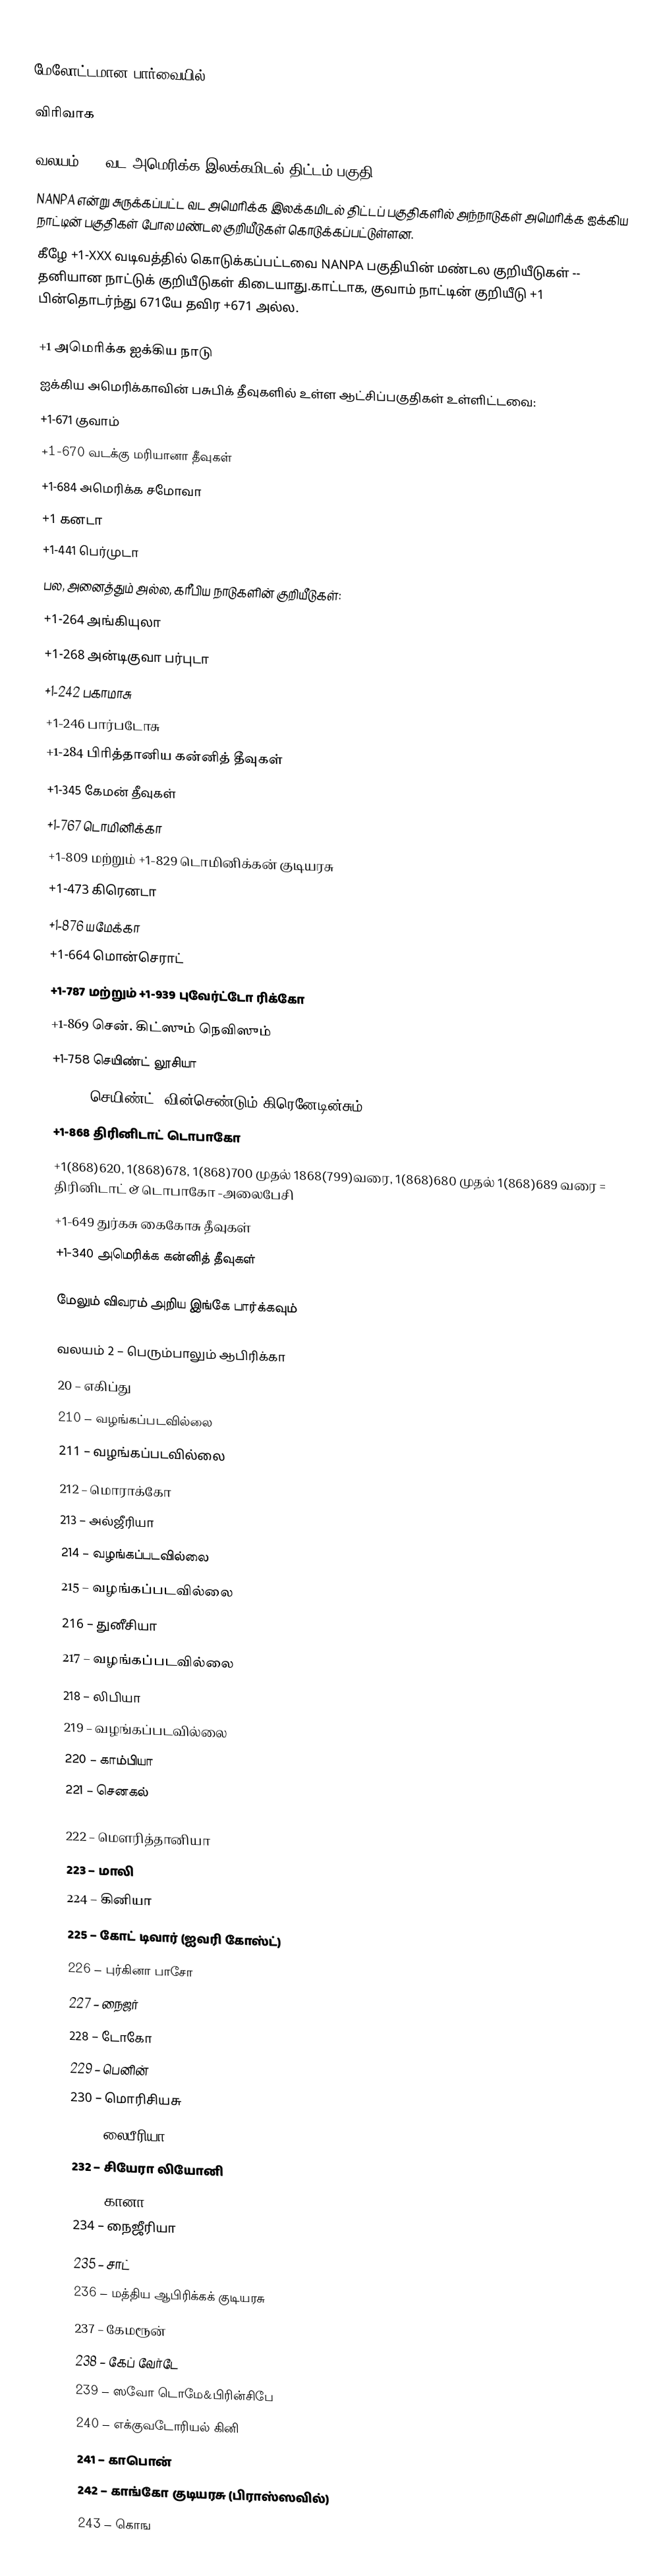

மேலோட்டமான பார்வையில்

விரிவாக

வலயம் 1 – வட அமெரிக்க இலக்கமிடல் திட்டம் பகுதி
NANPA என்று சுருக்கப்பட்ட வட அமெரிக்க இலக்கமிடல் திட்டப் பகுதிகளில் அந்நாடுகள் அமெரிக்க ஐக்கிய நாட்டின் பகுதிகள் போல மண்டல குறியீடுகள் கொடுக்கப்பட்டுள்ளன.
கீழே +1-XXX வடிவத்தில் கொடுக்கப்பட்டவை NANPA பகுதியின் மண்டல குறியீடுகள் -- தனியான நாட்டுக் குறியீடுகள் கிடையாது.காட்டாக, குவாம் நாட்டின் குறியீடு +1 பின்தொடர்ந்து 671யே தவிர +671 அல்ல.

 +1 அமெரிக்க ஐக்கிய நாடு
 ஐக்கிய அமெரிக்காவின் பசுபிக் தீவுகளில் உள்ள ஆட்சிப்பகுதிகள் உள்ளிட்டவை:
 +1-671 குவாம்
 +1-670 வடக்கு மரியானா தீவுகள்
 +1-684 அமெரிக்க சமோவா
 +1 கனடா
 +1-441 பெர்முடா
 பல, அனைத்தும் அல்ல, கரீபிய நாடுகளின் குறியீடுகள்:
 +1-264 அங்கியுலா
 +1-268 அன்டிகுவா பர்புடா
 +1-242 பகாமாசு
 +1-246 பார்படோசு
 +1-284 பிரித்தானிய கன்னித் தீவுகள்
 +1-345 கேமன் தீவுகள்
 +1-767 டொமினிக்கா
 +1-809 மற்றும் +1-829 டொமினிக்கன் குடியரசு
 +1-473 கிரெனடா
 +1-876 யமேக்கா
 +1-664 மொன்செராட்
 +1-787 மற்றும் +1-939 புவேர்ட்டோ ரிக்கோ
 +1-869 சென். கிட்ஸும் நெவிஸும்
 +1-758 செயிண்ட் லூசியா
 +1-784 செயிண்ட். வின்செண்டும் கிரெனேடின்சும்
 +1-868 திரினிடாட் டொபாகோ
 +1(868)620, 1(868)678, 1(868)700 முதல் 1868(799)வரை, 1(868)680 முதல் 1(868)689 வரை = திரினிடாட் & டொபாகோ -அலைபேசி
 +1-649 துர்கசு கைகோசு தீவுகள்
 +1-340 அமெரிக்க கன்னித் தீவுகள்

மேலும் விவரம் அறிய இங்கே பார்க்கவும்

வலயம் 2 – பெரும்பாலும் ஆபிரிக்கா
 20 – எகிப்து
 210 – வழங்கப்படவில்லை
 211 – வழங்கப்படவில்லை
 212 – மொராக்கோ
 213 – அல்ஜீரியா
 214 – வழங்கப்படவில்லை
 215 – வழங்கப்படவில்லை
 216 – துனீசியா
 217 – வழங்கப்படவில்லை
 218 – லிபியா
 219 – வழங்கப்படவில்லை
 220 – காம்பியா
 221 – செனகல்

 222 – மௌரித்தானியா
 223 – மாலி
 224 – கினியா
 225 – கோட் டிவார் (ஐவரி கோஸ்ட்)
 226 – புர்கினா பாசோ
 227 – நைஜர்
 228 – டோகோ
 229 – பெனின்
 230 – மொரிசியசு
 231 – லைபீரியா
 232 – சியேரா லியோனி
 233 – கானா
 234 – நைஜீரியா
 235 – சாட்
 236 – மத்திய ஆபிரிக்கக் குடியரசு
 237 – கேமரூன்
 238 – கேப் வேர்டே
 239 – ஸவோ டொமே&பிரின்சிபே
 240 – எக்குவடோரியல் கினி
 241 – காபொன்
 242 – காங்கோ குடியரசு (பிராஸ்ஸவில்)
 243 – கொங